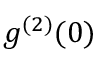
g ^ { ( 2 ) } ( 0 )